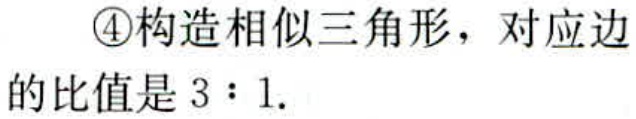
\textcircled{4}构造相似三角形，对应边的比值是 \(3:1\).